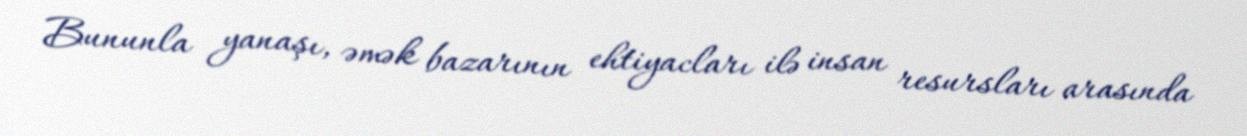
Bununla yanaşı, əmək bazarının ehtiyacları ilə insan resursları arasında